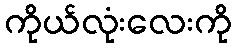
ကိုယ်လုံးလေးကို